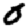
Digit: 0